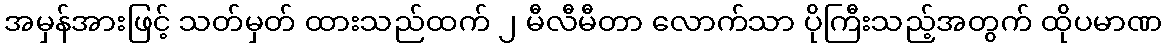
အမှန်အားဖြင့် သတ်မှတ် ထားသည်ထက် ၂ မီလီမီတာ လောက်သာ ပိုကြီးသည့်အတွက် ထိုပမာဏ